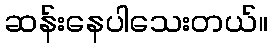
ဆန်းနေပါသေးတယ်။